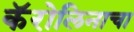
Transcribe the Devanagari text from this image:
कॅरोलिनाचा